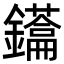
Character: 𮣢